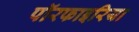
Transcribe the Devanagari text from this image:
पॉरफाइरिया